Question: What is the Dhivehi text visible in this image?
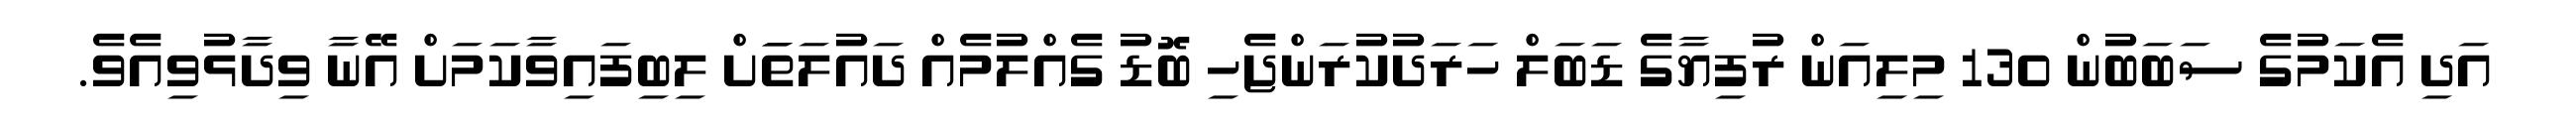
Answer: އަދި އެކަމުގެ ސަބަބުން 130 މިލިއަން ރުފިޔާގެ ޑަބަލް ހަރަދުކުރަންޖެހި ބޮޑު ގެއްލުމެއް ދައުލަތަަށް ލިބިފައިވާކަމަށް އޭނާ ވިދާޅުވިއެވެ.